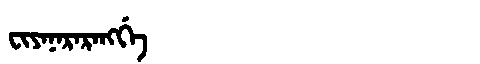
Manchu: ᠸᡳᠶᠠᠨᠠᡵᠠᡵᠠᠩᡤᡝ
Romanization: FIYANARARANGGE